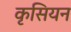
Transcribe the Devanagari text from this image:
कृसियन